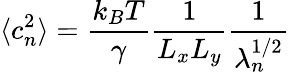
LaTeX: \langle c_{n}^{2}\rangle=\frac{k_{B}T}{\gamma}\frac{1}{L_{x}L_{y}}\frac{1}{\lambda_{n}^{1/2}}